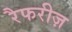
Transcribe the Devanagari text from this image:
रैफरीज़